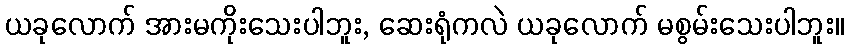
ယခုလောက် အားမကိုးသေးပါဘူး, ဆေးရုံကလဲ ယခုလောက် မစွမ်းသေးပါဘူး။